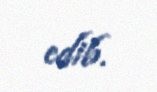
edib.